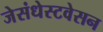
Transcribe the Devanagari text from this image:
जेसंधेस्टवेसन